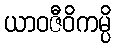
ယာဝဇီဝိကမ္ပိ